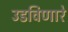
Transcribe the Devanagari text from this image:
उडविणारे